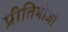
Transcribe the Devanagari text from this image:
प्रीतिभोजों